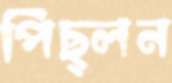
পিছ্‌লন